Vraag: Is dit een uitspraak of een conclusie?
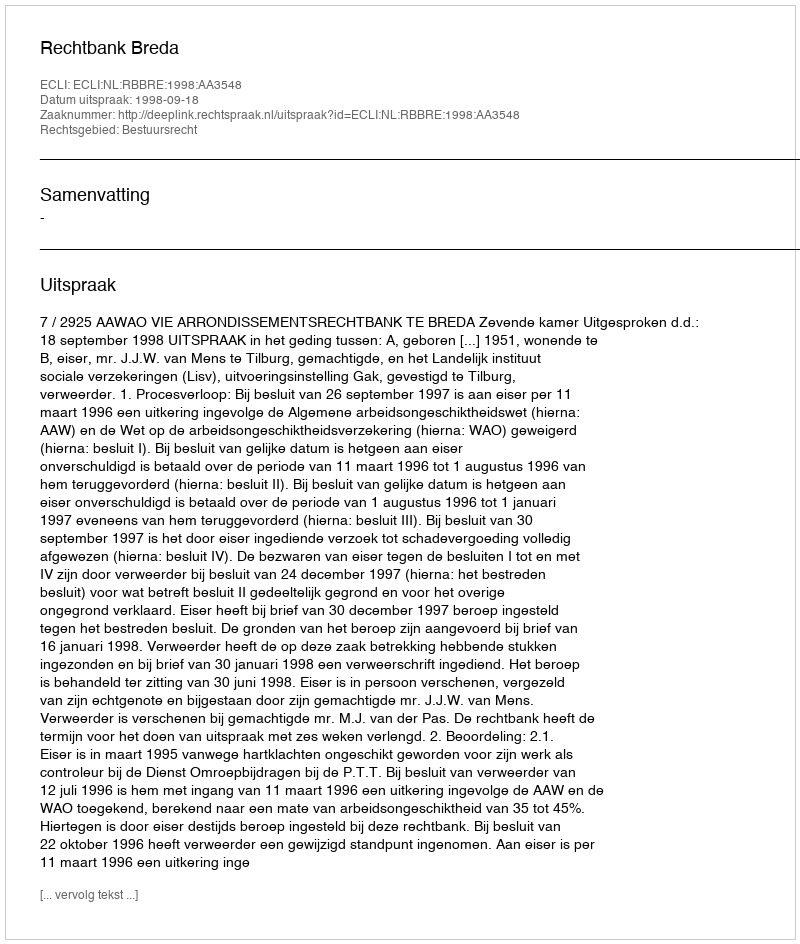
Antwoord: Uitspraak